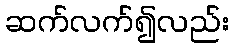
ဆက်လက်၍လည်း